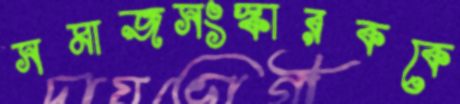
সমাজসংস্কারককে